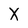
Character: X